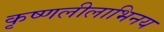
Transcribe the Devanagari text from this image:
कृष्णलीलाभिनय